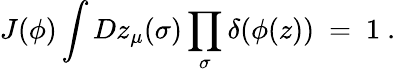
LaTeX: J(\phi)\int Dz_{\mu}(\sigma)\prod_{\sigma}\delta(\phi(z))\ =\ 1\ .